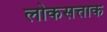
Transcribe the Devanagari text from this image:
लोकसत्ताक